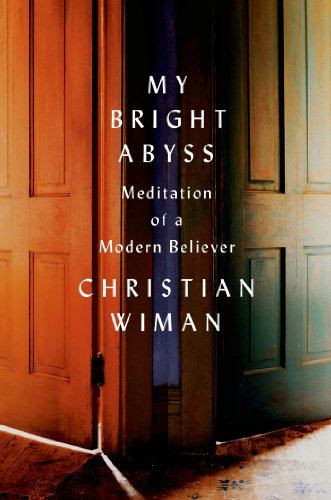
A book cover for My Bright Abyss: Meditation of a Modern Believer; Christian Wiman; Biographies & Memoirs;